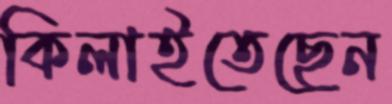
কিলাইতেছেন